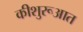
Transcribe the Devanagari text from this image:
कीशुरूआत